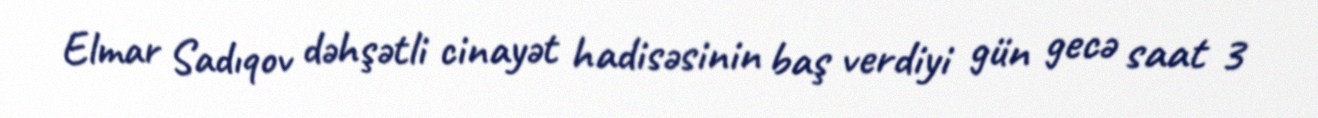
Elmar Sadıqov dəhşətli cinayət hadisəsinin baş verdiyi gün gecə saat 3